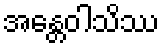
အန္တေဝါသိဿ